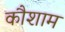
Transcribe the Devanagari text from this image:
कौशाम